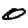
Digit: 0